Annual vaccination report of Bihar and Orissa - 1911-1928
Year: 1911
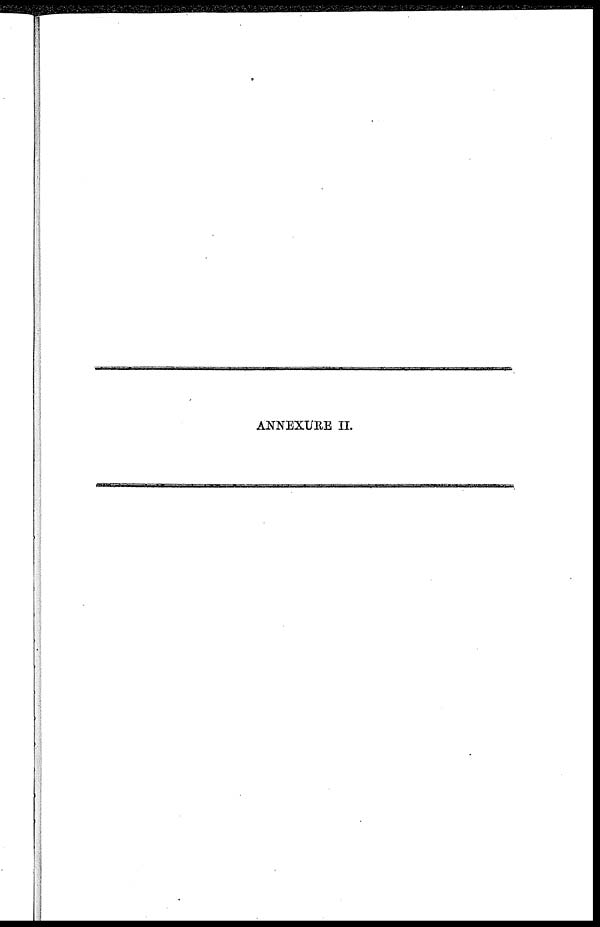
ANNEXURE II.